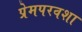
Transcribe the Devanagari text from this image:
प्रेमपरवशा